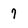
Character: 7